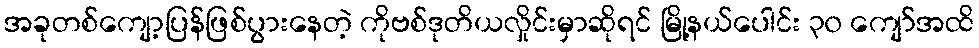
အခုတစ်ကျော့ပြန်ဖြစ်ပွားနေတဲ့ ကိုဗစ်ဒုတိယလှိုင်းမှာဆိုရင် မြို့နယ်ပေါင်း ၃၀ ကျော်အထိ